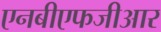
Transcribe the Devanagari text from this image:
एनबीएफजीआर